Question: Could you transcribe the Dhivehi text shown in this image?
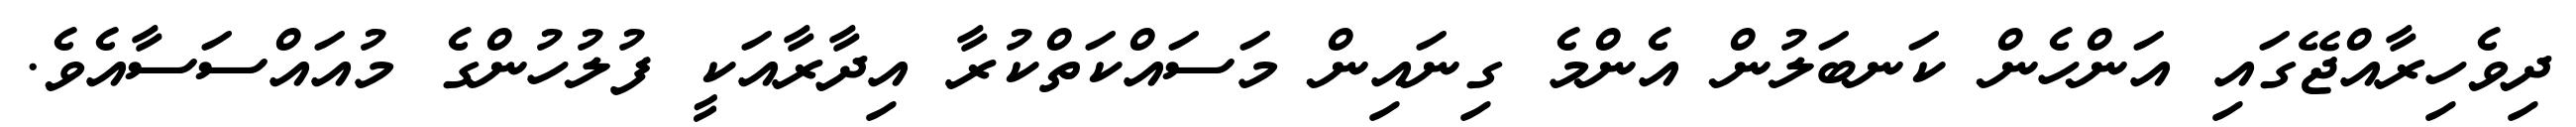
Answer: ދިވެހިރާއްޖޭގައި އަންހެން ކަނބަލުން އެންމެ ގިނައިން މަސައްކަތްކުރާ އިދާރާއަކީ ފުލުހުންގެ މުއައްސަސާއެވެ.